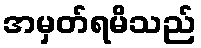
အမှတ်ရမိသည်